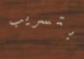
بتسريب